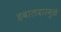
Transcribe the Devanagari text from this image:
हवालदारमुळे